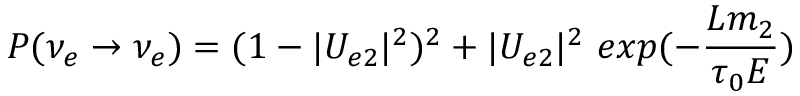
P ( \nu _ { e } \rightarrow \nu _ { e } ) = ( 1 - | U _ { e 2 } | ^ { 2 } ) ^ { 2 } + | U _ { e 2 } | ^ { 2 } ~ e x p ( - { \frac { L m _ { 2 } } { \tau _ { 0 } E } } )